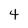
Character: 4